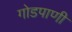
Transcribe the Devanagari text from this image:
गोडपाणी